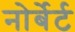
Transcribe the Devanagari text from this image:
नोर्बेर्ट